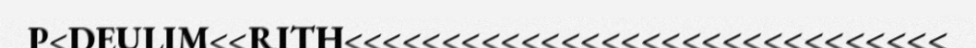
P<DEULIM<<RITH<<<<<<<<<<<<<<<<<<<<<<<<<<<<<<